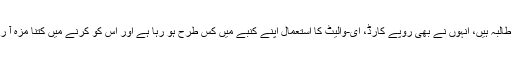
مہاراشٹر سے ایک نوجوان ساتھی پوجا نیماڑے جو پی جی کی طالبہ ہیں، انہوں نے بھی روپے کارڈ، ای-والیٹ کا استعمال اپنے کنبے میں کس طرح ہو رہا ہے اور اس کو کرنے میں کتنا مزہ آ رہا ہے، اس کا اپنا تجربہ اپنے ساتھیوں کو شیئر کرتی رہتی ہیں۔